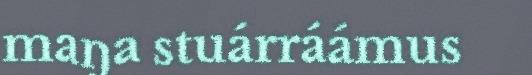
maŋa stuárráámus